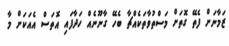
ޒަމާނަށް ފެތޭ ގޮތަށް މަސްތުވާތަކެއްޗާ ބެހޭ ގާނޫނެއް ހަދާފައި އޮތަސް އެއަކަށް މާ